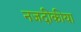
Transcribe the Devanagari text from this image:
नजदीकीया